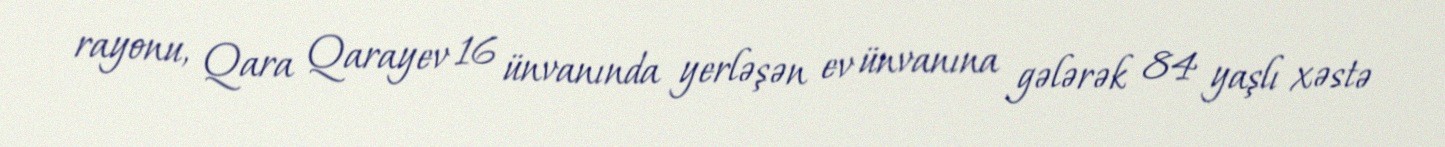
rayonu, Qara Qarayev 16 ünvanında yerləşən ev ünvanına gələrək 84 yaşlı xəstə